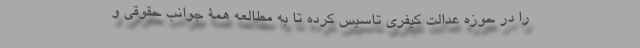
را در حوزه عدالت کیفری تاسیس کرده تا به مطالعه همۀ جوانب حقوقی و